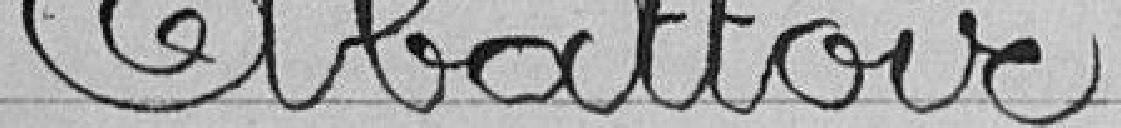
Abattoir